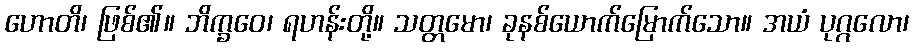
ဟောတိ၊ ဖြစ်၏။ ဘိက္ခဝေ၊ ရဟန်းတို့။ သတ္တမော၊ ခုနစ်ယောက်မြောက်သော။ အယံ ပုဂ္ဂလော၊